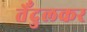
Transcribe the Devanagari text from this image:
तेँदुलकर